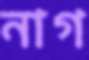
নাগ